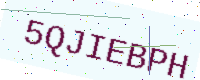
Text: 5QJIEBPH